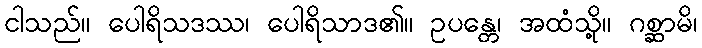
ငါသည်။ ပေါရိသဒဿ၊ ပေါရိသာဒ၏။ ဥပန္တေ၊ အထံသို့။ ဂစ္ဆာမိ၊